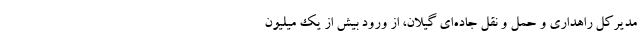
مدیرکل راهداری و حمل و نقل جاده‌ای گیلان، از ورود بیش از یک میلیون